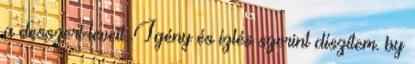
a desszert leveit. Igény és ízlés szerint díszítem. by